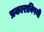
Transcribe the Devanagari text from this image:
प्रकाराविषयी